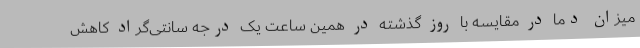
میزان دما در مقایسه با روز گذشته در همین ساعت یک درجه سانتی‌گراد کاهش